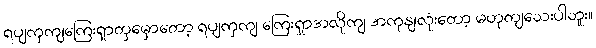
ရပျကှကျကြေးရှာတှမှောတော့ ရပျကှကျ ကြေးရှာအလိုကျ အကုနျလုံးတော့ မဟုတျသေးပါဘူး။